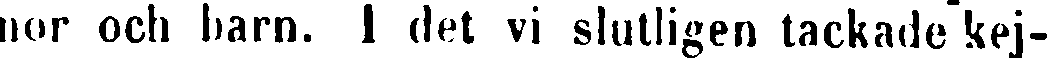
nor och barn. I det vi slutligen tackade kej-